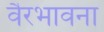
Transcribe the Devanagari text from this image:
वैरभावना